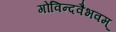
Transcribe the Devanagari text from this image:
गोविन्दवैभवम्